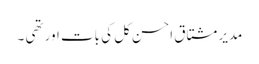
مدیر مشتاق احسن کل کی بات اور تھی ۔